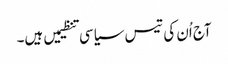
آج اُن کی تیس سیاسی تنظیمیں ہیں۔